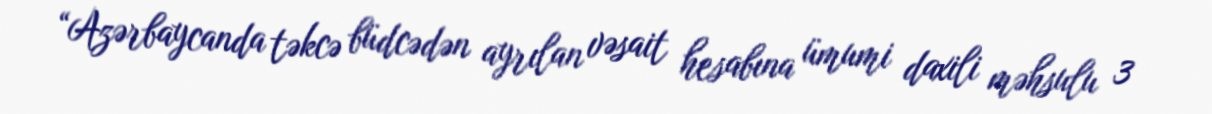
“Azərbaycanda təkcə büdcədən ayrılan vəsait hesabına ümumi daxili məhsulu 3